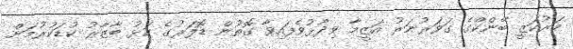
މަރުކަޒީ ބޭންކްގެ ގަވަރުނަރު އަޒީމާ ވިދާޅުވެފައިވާ ގޮތުން ޑޮލަރުގެ ކަޅު ބާޒާރު ކުޑަކުރުމަށް